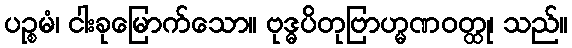
ပဉ္စမံ၊ ငါးခုမြောက်သော။ ဗုဒ္ဓပိတုဗြာဟ္မဏဝတ္ထု၊ သည်။